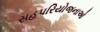
સહપરિયોજનાઓ